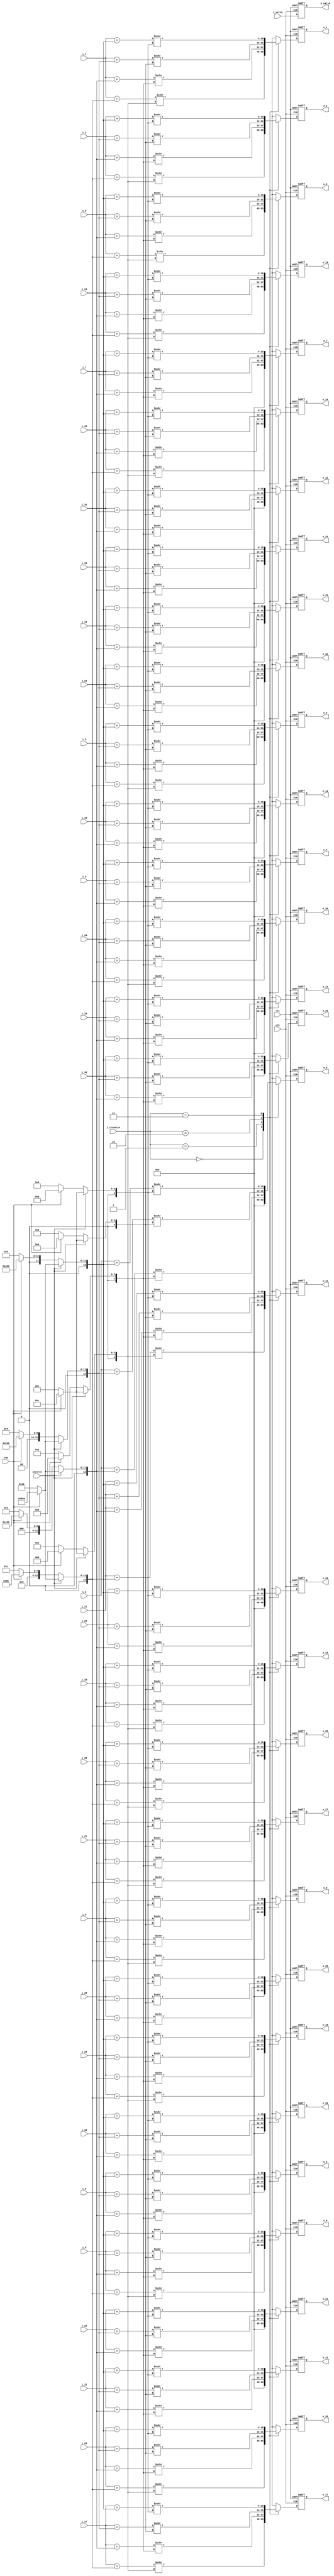
module offset_shift(
                 clk,
                 rst, 
                 row,
             i_valid,
			       inverse,
          i_transize,
          
                 i_0,
                 i_1,
                 i_2,
                 i_3,
                 i_4,
                 i_5,
                 i_6,
                 i_7,
                 i_8,
                 i_9,
                i_10,
                i_11,
                i_12,
                i_13,
                i_14,
                i_15,
                i_16,
                i_17,
                i_18,
                i_19,
                i_20,
                i_21,
                i_22,
                i_23,
                i_24,
                i_25,
                i_26,
                i_27,
                i_28,
                i_29,
                i_30,
                i_31,
               
             o_valid,
                 o_0,
                 o_1,
                 o_2,
                 o_3,
                 o_4,
                 o_5,
                 o_6,
                 o_7,
                 o_8,
                 o_9,
                o_10,
                o_11,
                o_12,
                o_13,
                o_14,
                o_15,
                o_16,
                o_17,
                o_18,
                o_19,
                o_20,
                o_21,
                o_22,
                o_23,
                o_24,
                o_25,
                o_26,
                o_27,
                o_28,
                o_29,
                o_30,
                o_31
);

// ********************************************
//                                             
//    INPUT / OUTPUT DECLARATION                                               
//                                                                             
// ********************************************

input                   clk;
input                   rst;
input                   row;
input               inverse;
input               i_valid;
input   [1:0]    i_transize;
input  signed  [27:0]   i_0;
input  signed  [27:0]   i_1;
input  signed  [27:0]   i_2;
input  signed  [27:0]   i_3;
input  signed  [27:0]   i_4;
input  signed  [27:0]   i_5;
input  signed  [27:0]   i_6;
input  signed  [27:0]   i_7;
input  signed  [27:0]   i_8;
input  signed  [27:0]   i_9;
input  signed  [27:0]   i_10;
input  signed  [27:0]   i_11;
input  signed  [27:0]   i_12;
input  signed  [27:0]   i_13;
input  signed  [27:0]   i_14;
input  signed  [27:0]   i_15;
input  signed  [27:0]   i_16;
input  signed  [27:0]   i_17;
input  signed  [27:0]   i_18;
input  signed  [27:0]   i_19;
input  signed  [27:0]   i_20;
input  signed  [27:0]   i_21;
input  signed  [27:0]   i_22;
input  signed  [27:0]   i_23;
input  signed  [27:0]   i_24;
input  signed  [27:0]   i_25;
input  signed  [27:0]   i_26;
input  signed  [27:0]   i_27;
input  signed  [27:0]   i_28;
input  signed  [27:0]   i_29;
input  signed  [27:0]   i_30;
input  signed  [27:0]   i_31;

output reg             o_valid;
output reg signed [15:0]   o_0;
output reg signed [15:0]   o_1;
output reg signed [15:0]   o_2;
output reg signed [15:0]   o_3;
output reg signed [15:0]   o_4;
output reg signed [15:0]   o_5;
output reg signed [15:0]   o_6;
output reg signed [15:0]   o_7;
output reg signed [15:0]   o_8;
output reg signed [15:0]   o_9;
output reg signed [15:0]   o_10;
output reg signed [15:0]   o_11;
output reg signed [15:0]   o_12;
output reg signed [15:0]   o_13;
output reg signed [15:0]   o_14;
output reg signed [15:0]   o_15;
output reg signed [15:0]   o_16;
output reg signed [15:0]   o_17;
output reg signed [15:0]   o_18;
output reg signed [15:0]   o_19;
output reg signed [15:0]   o_20;
output reg signed [15:0]   o_21;
output reg signed [15:0]   o_22;
output reg signed [15:0]   o_23;
output reg signed [15:0]   o_24;
output reg signed [15:0]   o_25;
output reg signed [15:0]   o_26;
output reg signed [15:0]   o_27;
output reg signed [15:0]   o_28;
output reg signed [15:0]   o_29;
output reg signed [15:0]   o_30;
output reg signed [15:0]   o_31;

// ********************************************
//                                             
//    REG DECLARATION                                               
//                                                                             
// ******************************************** 
reg signed  [12:0] offset_4;
reg signed  [12:0] offset_8;
reg signed  [12:0] offset_16;
reg signed  [12:0] offset_32;

reg signed  [4:0]  shift_4;
reg signed  [4:0]  shift_8;
reg signed  [4:0]  shift_16;
reg signed  [4:0]  shift_32;

// ********************************************
//                                             
//    PARAMETER  DECLARATION                                               
//                                                                             
// ********************************************  

parameter  DCT_4=2'b00;
parameter  DCT_8=2'b01;
parameter  DCT_16=2'b10;
parameter  DCT_32=2'b11;

// ********************************************
//                                             
//    Combinational Logic                      
//                                             
// ********************************************

always@(*)
 if(inverse)
   if(row)
      begin
      shift_4=5'd12;
      shift_8=5'd12;
      shift_16=5'd12;
      shift_32=5'd12;
      offset_4=(1<<<11);
      offset_8=(1<<<11);
      offset_16=(1<<<11);
      offset_32=(1<<<11);
      end
    else
      begin
      shift_4=5'd7;
      shift_8=5'd7;
      shift_16=5'd7;
      shift_32=5'd7;
      offset_4=(1<<<6);
      offset_8=(1<<<6);
      offset_16=(1<<<6);
      offset_32=(1<<<6);
      end
  else
    if(row)
       begin
       shift_4=5'd8;
       shift_8=5'd9;
       shift_16=5'd10;
       shift_32=5'd11;
       offset_4=(1<<<7);
       offset_8=(1<<<8);
       offset_16=(1<<<9);
       offset_32=(1<<<10);
    end
	else
	  begin
	   shift_4=5'd1;
       shift_8=5'd2;
       shift_16=5'd3;
       shift_32=5'd4;
       offset_4=1;
       offset_8=(1<<<1);
       offset_16=(1<<<2);
       offset_32=(1<<<3);
	  end

// ********************************************
//                                             
//    Sequential  Logic                        
//                                             
// ********************************************
        
always@(posedge clk or negedge rst)
   if(!rst)
    o_valid<=1'b0;
  else 
    o_valid<=i_valid;
    
always @(posedge clk or negedge rst) 
 if(!rst)
   begin
    o_0<=16'b0;
    o_1<=16'b0;
    o_2<=16'b0;
    o_3<=16'b0;
    o_4<=16'b0;
    o_5<=16'b0;
    o_6<=16'b0;
    o_7<=16'b0;
    o_8<=16'b0;
    o_9<=16'b0;
    o_10<=16'b0;
    o_11<=16'b0;
    o_12<=16'b0; 
    o_13<=16'b0;
    o_14<=16'b0;
    o_15<=16'b0;
    o_16<=16'b0;
    o_17<=16'b0;
    o_18<=16'b0;
    o_19<=16'b0;
    o_20<=16'b0;
    o_21<=16'b0;
    o_22<=16'b0;
    o_23<=16'b0;
    o_24<=16'b0;
    o_25<=16'b0;
    o_26<=16'b0;
    o_27<=16'b0;
    o_28<=16'b0;
    o_29<=16'b0;
    o_30<=16'b0; 
    o_31<=16'b0;
  end
else 
  case(i_transize)
    DCT_4:
     begin
        o_0 <=(i_0 +offset_4)>>>shift_4;
        o_1 <=(i_1 +offset_4)>>>shift_4;
        o_2 <=(i_2 +offset_4)>>>shift_4;
        o_3 <=(i_3 +offset_4)>>>shift_4;
	     	o_4<=16'b0;
        o_5<=16'b0;
        o_6<=16'b0;
        o_7<=16'b0;
        o_8  <=(i_8  +offset_4)>>>shift_4;
        o_9  <=(i_9  +offset_4)>>>shift_4;
        o_10 <=(i_10 +offset_4)>>>shift_4;
        o_11 <=(i_11 +offset_4)>>>shift_4;
		    o_12<=16'b0;
        o_13<=16'b0;
        o_14<=16'b0;
        o_15<=16'b0;
        o_16<=(i_16+offset_4)>>>shift_4;
        o_17<=(i_17+offset_4)>>>shift_4;
        o_18<=(i_18+offset_4)>>>shift_4;
        o_19<=(i_19+offset_4)>>>shift_4;
		    o_20<=16'b0;
        o_21<=16'b0;
        o_22<=16'b0;
        o_23<=16'b0;
        o_24<=(i_24+offset_4)>>>shift_4;
        o_25<=(i_25+offset_4)>>>shift_4;
        o_26<=(i_26+offset_4)>>>shift_4;
        o_27<=(i_27+offset_4)>>>shift_4;
        o_28<=16'b0;
        o_29<=16'b0;
        o_30<=16'b0; 
        o_31<=16'b0; 
      end
     DCT_8:
     begin
        o_0 <=(i_0 +offset_8)>>>shift_8;
        o_1 <=(i_1 +offset_8)>>>shift_8;
        o_2 <=(i_2 +offset_8)>>>shift_8;
        o_3 <=(i_3 +offset_8)>>>shift_8;
        o_4 <=(i_4 +offset_8)>>>shift_8;
        o_5 <=(i_5 +offset_8)>>>shift_8;
        o_6 <=(i_6 +offset_8)>>>shift_8;
        o_7 <=(i_7 +offset_8)>>>shift_8;
        o_8 <=(i_8 +offset_8)>>>shift_8;
        o_9 <=(i_9 +offset_8)>>>shift_8;
        o_10<=(i_10+offset_8)>>>shift_8;
        o_11<=(i_11+offset_8)>>>shift_8;
        o_12<=(i_12+offset_8)>>>shift_8;
        o_13<=(i_13+offset_8)>>>shift_8;
        o_14<=(i_14+offset_8)>>>shift_8;
        o_15<=(i_15+offset_8)>>>shift_8;
        o_16<=(i_16+offset_8)>>>shift_8;
        o_17<=(i_17+offset_8)>>>shift_8;
        o_18<=(i_18+offset_8)>>>shift_8;
        o_19<=(i_19+offset_8)>>>shift_8;
        o_20<=(i_20+offset_8)>>>shift_8;
        o_21<=(i_21+offset_8)>>>shift_8;
        o_22<=(i_22+offset_8)>>>shift_8;
        o_23<=(i_23+offset_8)>>>shift_8;
        o_24<=(i_24+offset_8)>>>shift_8;
        o_25<=(i_25+offset_8)>>>shift_8;
        o_26<=(i_26+offset_8)>>>shift_8;
        o_27<=(i_27+offset_8)>>>shift_8;
        o_28<=(i_28+offset_8)>>>shift_8;
        o_29<=(i_29+offset_8)>>>shift_8;
        o_30<=(i_30+offset_8)>>>shift_8;
        o_31<=(i_31+offset_8)>>>shift_8;
      end
    
    DCT_16:
     begin
        o_0<=(i_0+offset_16)>>>shift_16;
        o_1<=(i_1+offset_16)>>>shift_16;
        o_2<=(i_2+offset_16)>>>shift_16;
        o_3<=(i_3+offset_16)>>>shift_16;
        o_4<=(i_4+offset_16)>>>shift_16;
        o_5<=(i_5+offset_16)>>>shift_16;
        o_6<=(i_6+offset_16)>>>shift_16;
        o_7<=(i_7+offset_16)>>>shift_16;
        o_8<=(i_8+offset_16)>>>shift_16;
        o_9<=(i_9+offset_16)>>>shift_16;
        o_10<=(i_10+offset_16)>>>shift_16;
        o_11<=(i_11+offset_16)>>>shift_16;
        o_12<=(i_12+offset_16)>>>shift_16;
        o_13<=(i_13+offset_16)>>>shift_16;
        o_14<=(i_14+offset_16)>>>shift_16;
        o_15<=(i_15+offset_16)>>>shift_16;
        o_16<=(i_16+offset_16)>>>shift_16;
        o_17<=(i_17+offset_16)>>>shift_16;
        o_18<=(i_18+offset_16)>>>shift_16;
        o_19<=(i_19+offset_16)>>>shift_16;
        o_20<=(i_20+offset_16)>>>shift_16;
        o_21<=(i_21+offset_16)>>>shift_16;
        o_22<=(i_22+offset_16)>>>shift_16;
        o_23<=(i_23+offset_16)>>>shift_16;
        o_24<=(i_24+offset_16)>>>shift_16;
        o_25<=(i_25+offset_16)>>>shift_16;
        o_26<=(i_26+offset_16)>>>shift_16;
        o_27<=(i_27+offset_16)>>>shift_16;
        o_28<=(i_28+offset_16)>>>shift_16;
        o_29<=(i_29+offset_16)>>>shift_16;
        o_30<=(i_30+offset_16)>>>shift_16;
        o_31<=(i_31+offset_16)>>>shift_16;
      end  
      
    DCT_32:
      begin
        o_0<=(i_0+offset_32)>>>shift_32;
        o_1<=(i_1+offset_32)>>>shift_32;
        o_2<=(i_2+offset_32)>>>shift_32;
        o_3<=(i_3+offset_32)>>>shift_32;
        o_4<=(i_4+offset_32)>>>shift_32;
        o_5<=(i_5+offset_32)>>>shift_32;
        o_6<=(i_6+offset_32)>>>shift_32;
        o_7<=(i_7+offset_32)>>>shift_32;
        o_8<=(i_8+offset_32)>>>shift_32;
        o_9<=(i_9+offset_32)>>>shift_32;
        o_10<=(i_10+offset_32)>>>shift_32;
        o_11<=(i_11+offset_32)>>>shift_32;
        o_12<=(i_12+offset_32)>>>shift_32;
        o_13<=(i_13+offset_32)>>>shift_32;
        o_14<=(i_14+offset_32)>>>shift_32;
        o_15<=(i_15+offset_32)>>>shift_32;
        o_16<=(i_16+offset_32)>>>shift_32;
        o_17<=(i_17+offset_32)>>>shift_32;
        o_18<=(i_18+offset_32)>>>shift_32;
        o_19<=(i_19+offset_32)>>>shift_32;
        o_20<=(i_20+offset_32)>>>shift_32;
        o_21<=(i_21+offset_32)>>>shift_32;
        o_22<=(i_22+offset_32)>>>shift_32;
        o_23<=(i_23+offset_32)>>>shift_32;
        o_24<=(i_24+offset_32)>>>shift_32;
        o_25<=(i_25+offset_32)>>>shift_32;
        o_26<=(i_26+offset_32)>>>shift_32;
        o_27<=(i_27+offset_32)>>>shift_32;
        o_28<=(i_28+offset_32)>>>shift_32;
        o_29<=(i_29+offset_32)>>>shift_32;
        o_30<=(i_30+offset_32)>>>shift_32;
        o_31<=(i_31+offset_32)>>>shift_32;
      end  
  endcase

  endmodule